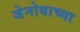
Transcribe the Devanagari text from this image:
जेनोवाच्या